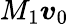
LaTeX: M_{1}\boldsymbol{v}_{0}